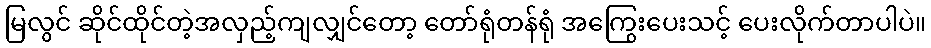
မြလွင် ဆိုင်ထိုင်တဲ့အလှည့်ကျလျှင်တော့ တော်ရုံတန်ရုံ အကြွေးပေးသင့် ပေးလိုက်တာပါပဲ။